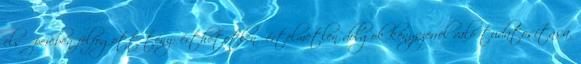
első percben felfogott tény: érthetetlen értelmetlen dolgok kényszerrel való tudatosítása.